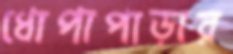
ধোপাপাড়ার